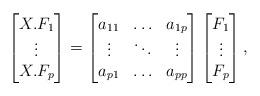
LaTeX: \begin{align*}\begin{bmatrix}X.F_1\\\vdots \\X.F_p\end{bmatrix}&=\begin{bmatrix}a_{11} & \ldots & a_{1p} \\\vdots & \ddots & \vdots \\a_{p1} & \ldots & a_{pp} \end{bmatrix}\begin{bmatrix}F_1 \\\vdots\\F_p\end{bmatrix}, \end{align*}